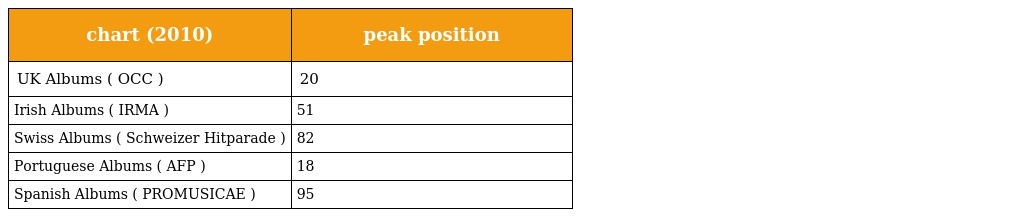
| chart (2010) | peak position |
 | --- | --- |
 | UK Albums ( OCC ) | 20 |
 | Irish Albums ( IRMA ) | 51 |
 | Swiss Albums ( Schweizer Hitparade ) | 82 |
 | Portuguese Albums ( AFP ) | 18 |
 | Spanish Albums ( PROMUSICAE ) | 95 |